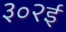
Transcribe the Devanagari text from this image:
३०२ई